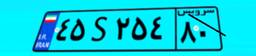
۴۵S۲۵۴۸۰